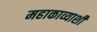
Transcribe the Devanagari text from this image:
महाकाव्याशी